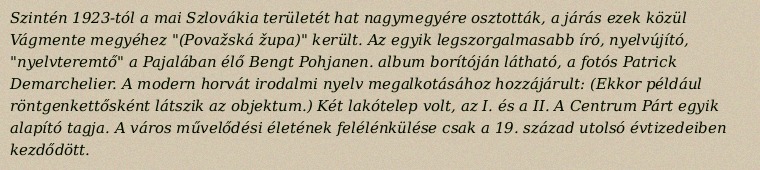
Szintén 1923-tól a mai Szlovákia területét hat nagymegyére osztották, a járás ezek közül Vágmente megyéhez "(Považská župa)" került. Az egyik legszorgalmasabb író, nyelvújító, "nyelvteremtő" a Pajalában élő Bengt Pohjanen. album borítóján látható, a fotós Patrick Demarchelier. A modern horvát irodalmi nyelv megalkotásához hozzájárult: (Ekkor például röntgenkettősként látszik az objektum.) Két lakótelep volt, az I. és a II. A Centrum Párt egyik alapító tagja. A város művelődési életének felélénkülése csak a 19. század utolsó évtizedeiben kezdődött.